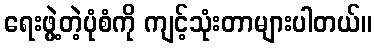
ရေးဖွဲ့တဲ့ပုံစံကို ကျင့်သုံးတာများပါတယ်။